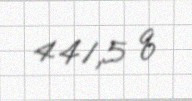
441,5 q